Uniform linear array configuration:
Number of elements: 32
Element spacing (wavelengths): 1
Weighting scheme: cosine
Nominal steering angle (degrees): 15
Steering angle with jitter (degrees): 16.501
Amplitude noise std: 0.05
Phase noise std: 0.05

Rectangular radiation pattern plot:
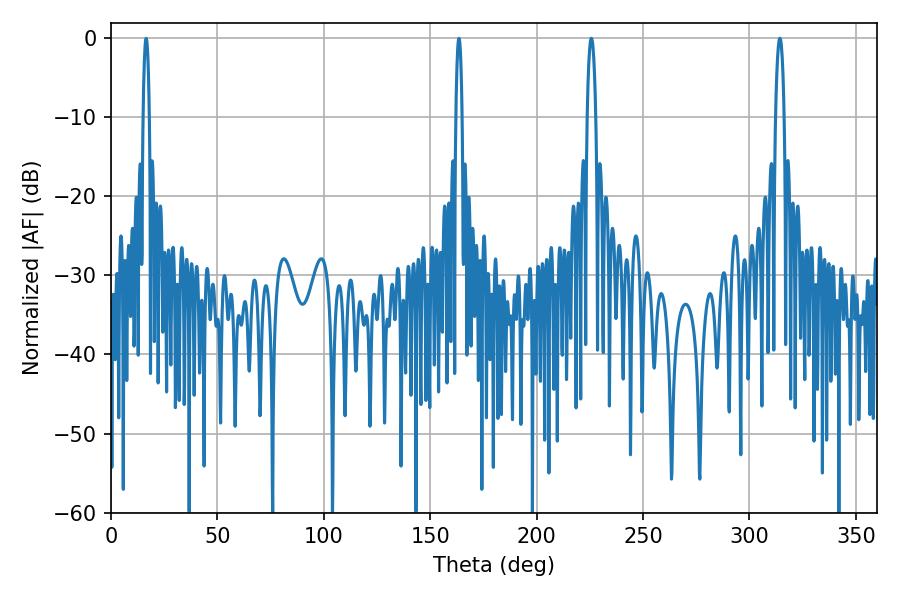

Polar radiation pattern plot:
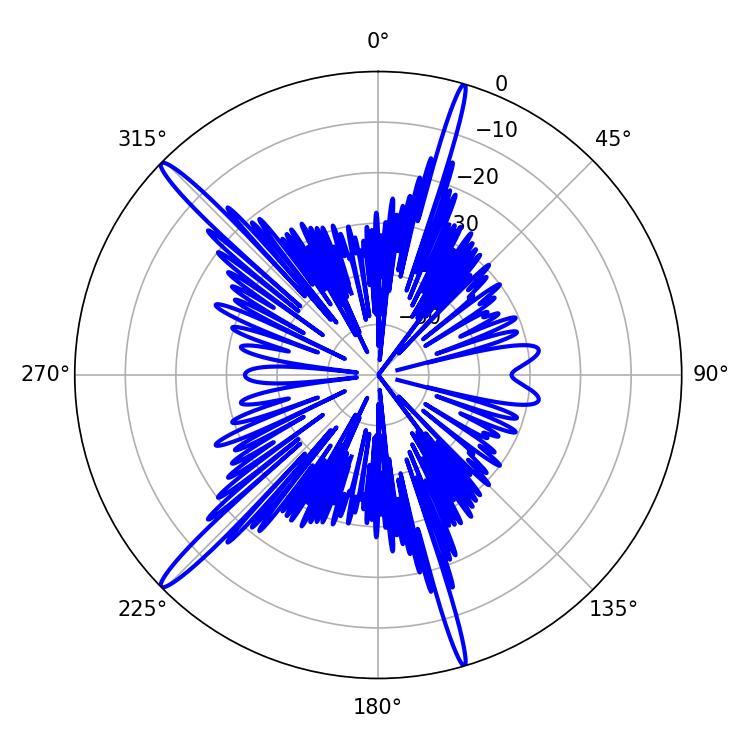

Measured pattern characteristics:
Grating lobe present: TRUE
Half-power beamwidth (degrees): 2.16
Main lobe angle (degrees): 225.72